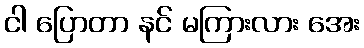
ငါ ပြောတာ နင် မကြားလား အေး